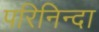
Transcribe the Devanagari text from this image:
परिनिन्दा